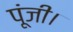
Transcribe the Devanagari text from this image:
पूंजी।